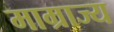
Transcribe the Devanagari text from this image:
माम्राज्य